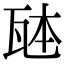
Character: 𪼹